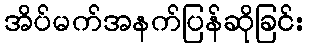
အိပ်မက်အနက်ပြန်ဆိုခြင်း